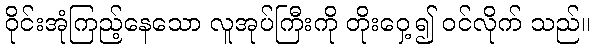
ဝိုင်းအုံကြည့်နေသော လူအုပ်ကြီးကို တိုးဝှေ့၍ ဝင်လိုက် သည်။